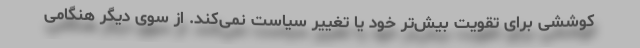
کوششی برای تقویت بیش‌تر خود یا تغییر سیاست نمی‌کند. از سوی دیگر هنگامی